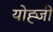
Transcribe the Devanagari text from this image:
योह्जी